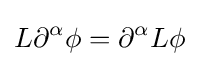
L\partial ^{\alpha }\phi =\partial ^{\alpha }L\phi